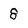
Character: 8